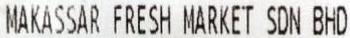
MAKASSAR FRESH MARKET SDN BHD